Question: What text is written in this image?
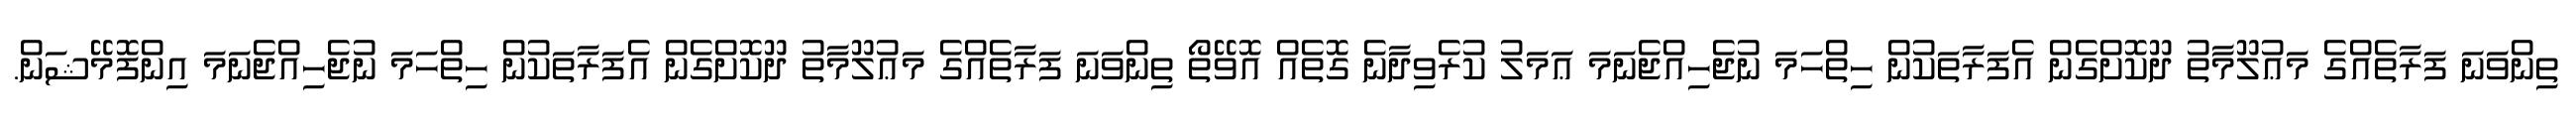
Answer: ތިންވަނަ ފަރާތެއްގެ މަޢުލޫމާތު ދޫކޮށްގެން އެފަރާތަކުން ހިތްހަމަ ނުޖެހިއްޖެނަމަ ޢަމަލު ކުރެވިދާނެ ގޮތެއް އޮވޭތޯ ތިންވަނަ ފަރާތެއްގެ މަޢުލޫމާތު ދޫކޮށްގެން އެފަރާތަކުން ހިތްހަމަ ނުޖެހިއްޖެނަމަ އިންފޮމޭޝަން.